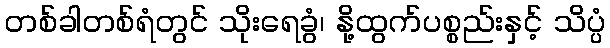
တစ်ခါတစ်ရံတွင် သိုးရေခွံ၊ နို့ထွက်ပစ္စည်းနှင့် သိပ္ပံ